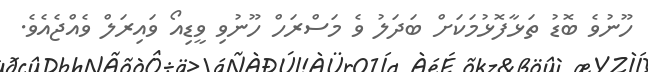
ހޫނުވެ ބޮޑު ތަޅާފޮޅުމަކަށް ބަދަލު ވެ މަސްރަހް ހޫނުވި ވީޑިއޯ ވައިރަލް ވެއްޖެއެވެ.